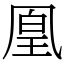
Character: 凰